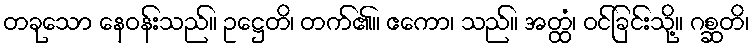
တခုသော နေဝန်းသည်။ ဥဋ္ဌေတိ၊ တက်၏။ ဧကော၊ သည်။ အတ္ထံ၊ ဝင်ခြင်းသို့။ ဂစ္ဆတိ၊